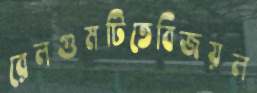
রেলগুমটিতেবিজয়ল